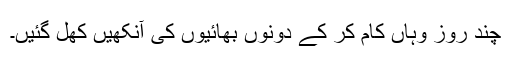
چند روز وہاں کام کر کے دونوں بھائیوں کی آنکھیں کھل گئیں۔